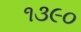
૧૩૯૦